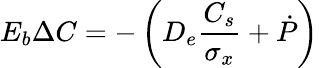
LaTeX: E_{b}\Delta C=-\left(D_{e}\frac{C_{s}}{\sigma_{x}}+\dot{P}\right)